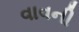
વાવની